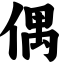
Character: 偶